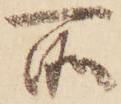
所